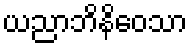
ယညာဘိနိဝေသာ